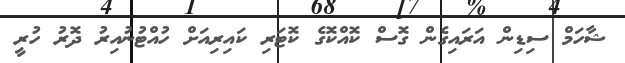
ޝާހަމް ސިޑިން އަރައިގެން ގޮސް ކޮއްކޮގެ ކޮޓަރި ކައިރިއަށް ހުއްޓުނުއިރު ދޮރު ހުރީ